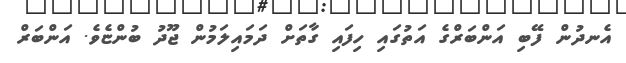
އެނދުން ފޭބި އަންބަރްގެ އަތުގައި ހިފައި ގާތަށް ދަމައިލަމުން ޖޫދު ބުންޏެވެ. އަންބަރް